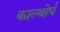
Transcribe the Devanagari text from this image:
काल्थोर्प